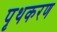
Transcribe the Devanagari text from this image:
पृथकरण